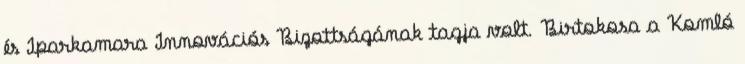
és Iparkamara Innovációs Bizottságának tagja volt. Birtokosa a Komló